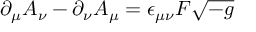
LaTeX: \partial _ { \mu } A _ { \nu } - \partial _ { \nu } A _ { \mu } = \epsilon _ { \mu \nu } F \sqrt { - g }